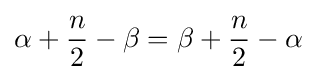
\alpha +{\frac {n}{2}}-\beta =\beta +{\frac {n}{2}}-\alpha